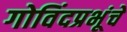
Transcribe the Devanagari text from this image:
गोविंदप्रभूंचे